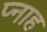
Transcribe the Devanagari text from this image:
प्नाह